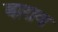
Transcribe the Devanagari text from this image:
बाराव